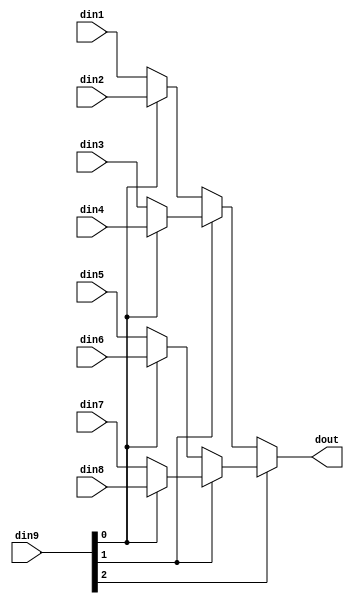
module sp_mux_8to1_sel4_7_1 #(
parameter
    ID                = 0,
    NUM_STAGE         = 1,
    din1_WIDTH       = 32,
    din2_WIDTH       = 32,
    din3_WIDTH       = 32,
    din4_WIDTH       = 32,
    din5_WIDTH       = 32,
    din6_WIDTH       = 32,
    din7_WIDTH       = 32,
    din8_WIDTH       = 32,
    din9_WIDTH         = 32,
    dout_WIDTH            = 32
)(
    input  [6 : 0]     din1,
    input  [6 : 0]     din2,
    input  [6 : 0]     din3,
    input  [6 : 0]     din4,
    input  [6 : 0]     din5,
    input  [6 : 0]     din6,
    input  [6 : 0]     din7,
    input  [6 : 0]     din8,
    input  [3 : 0]    din9,
    output [6 : 0]   dout);

// puts internal signals
wire [3 : 0]     sel;
// level 1 signals
wire [6 : 0]         mux_1_0;
wire [6 : 0]         mux_1_1;
wire [6 : 0]         mux_1_2;
wire [6 : 0]         mux_1_3;
// level 2 signals
wire [6 : 0]         mux_2_0;
wire [6 : 0]         mux_2_1;
// level 3 signals
wire [6 : 0]         mux_3_0;
// level 4 signals
wire [6 : 0]         mux_4_0;

assign sel = din9;

// Generate level 1 logic
assign mux_1_0 = (sel[0] == 0)? din1 : din2;
assign mux_1_1 = (sel[0] == 0)? din3 : din4;
assign mux_1_2 = (sel[0] == 0)? din5 : din6;
assign mux_1_3 = (sel[0] == 0)? din7 : din8;

// Generate level 2 logic
assign mux_2_0 = (sel[1] == 0)? mux_1_0 : mux_1_1;
assign mux_2_1 = (sel[1] == 0)? mux_1_2 : mux_1_3;

// Generate level 3 logic
assign mux_3_0 = (sel[2] == 0)? mux_2_0 : mux_2_1;

// Generate level 4 logic
assign mux_4_0 = mux_3_0;

// output logic
assign dout = mux_4_0;

endmodule